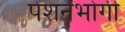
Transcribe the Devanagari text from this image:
पेंशनभोगी